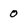
Character: 0